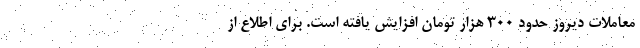
معاملات دیروز حدود ۳۰۰ هزار تومان افزایش یافته است. برای اطلاع از